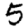
Digit: 5